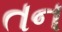
તન